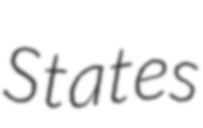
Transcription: States